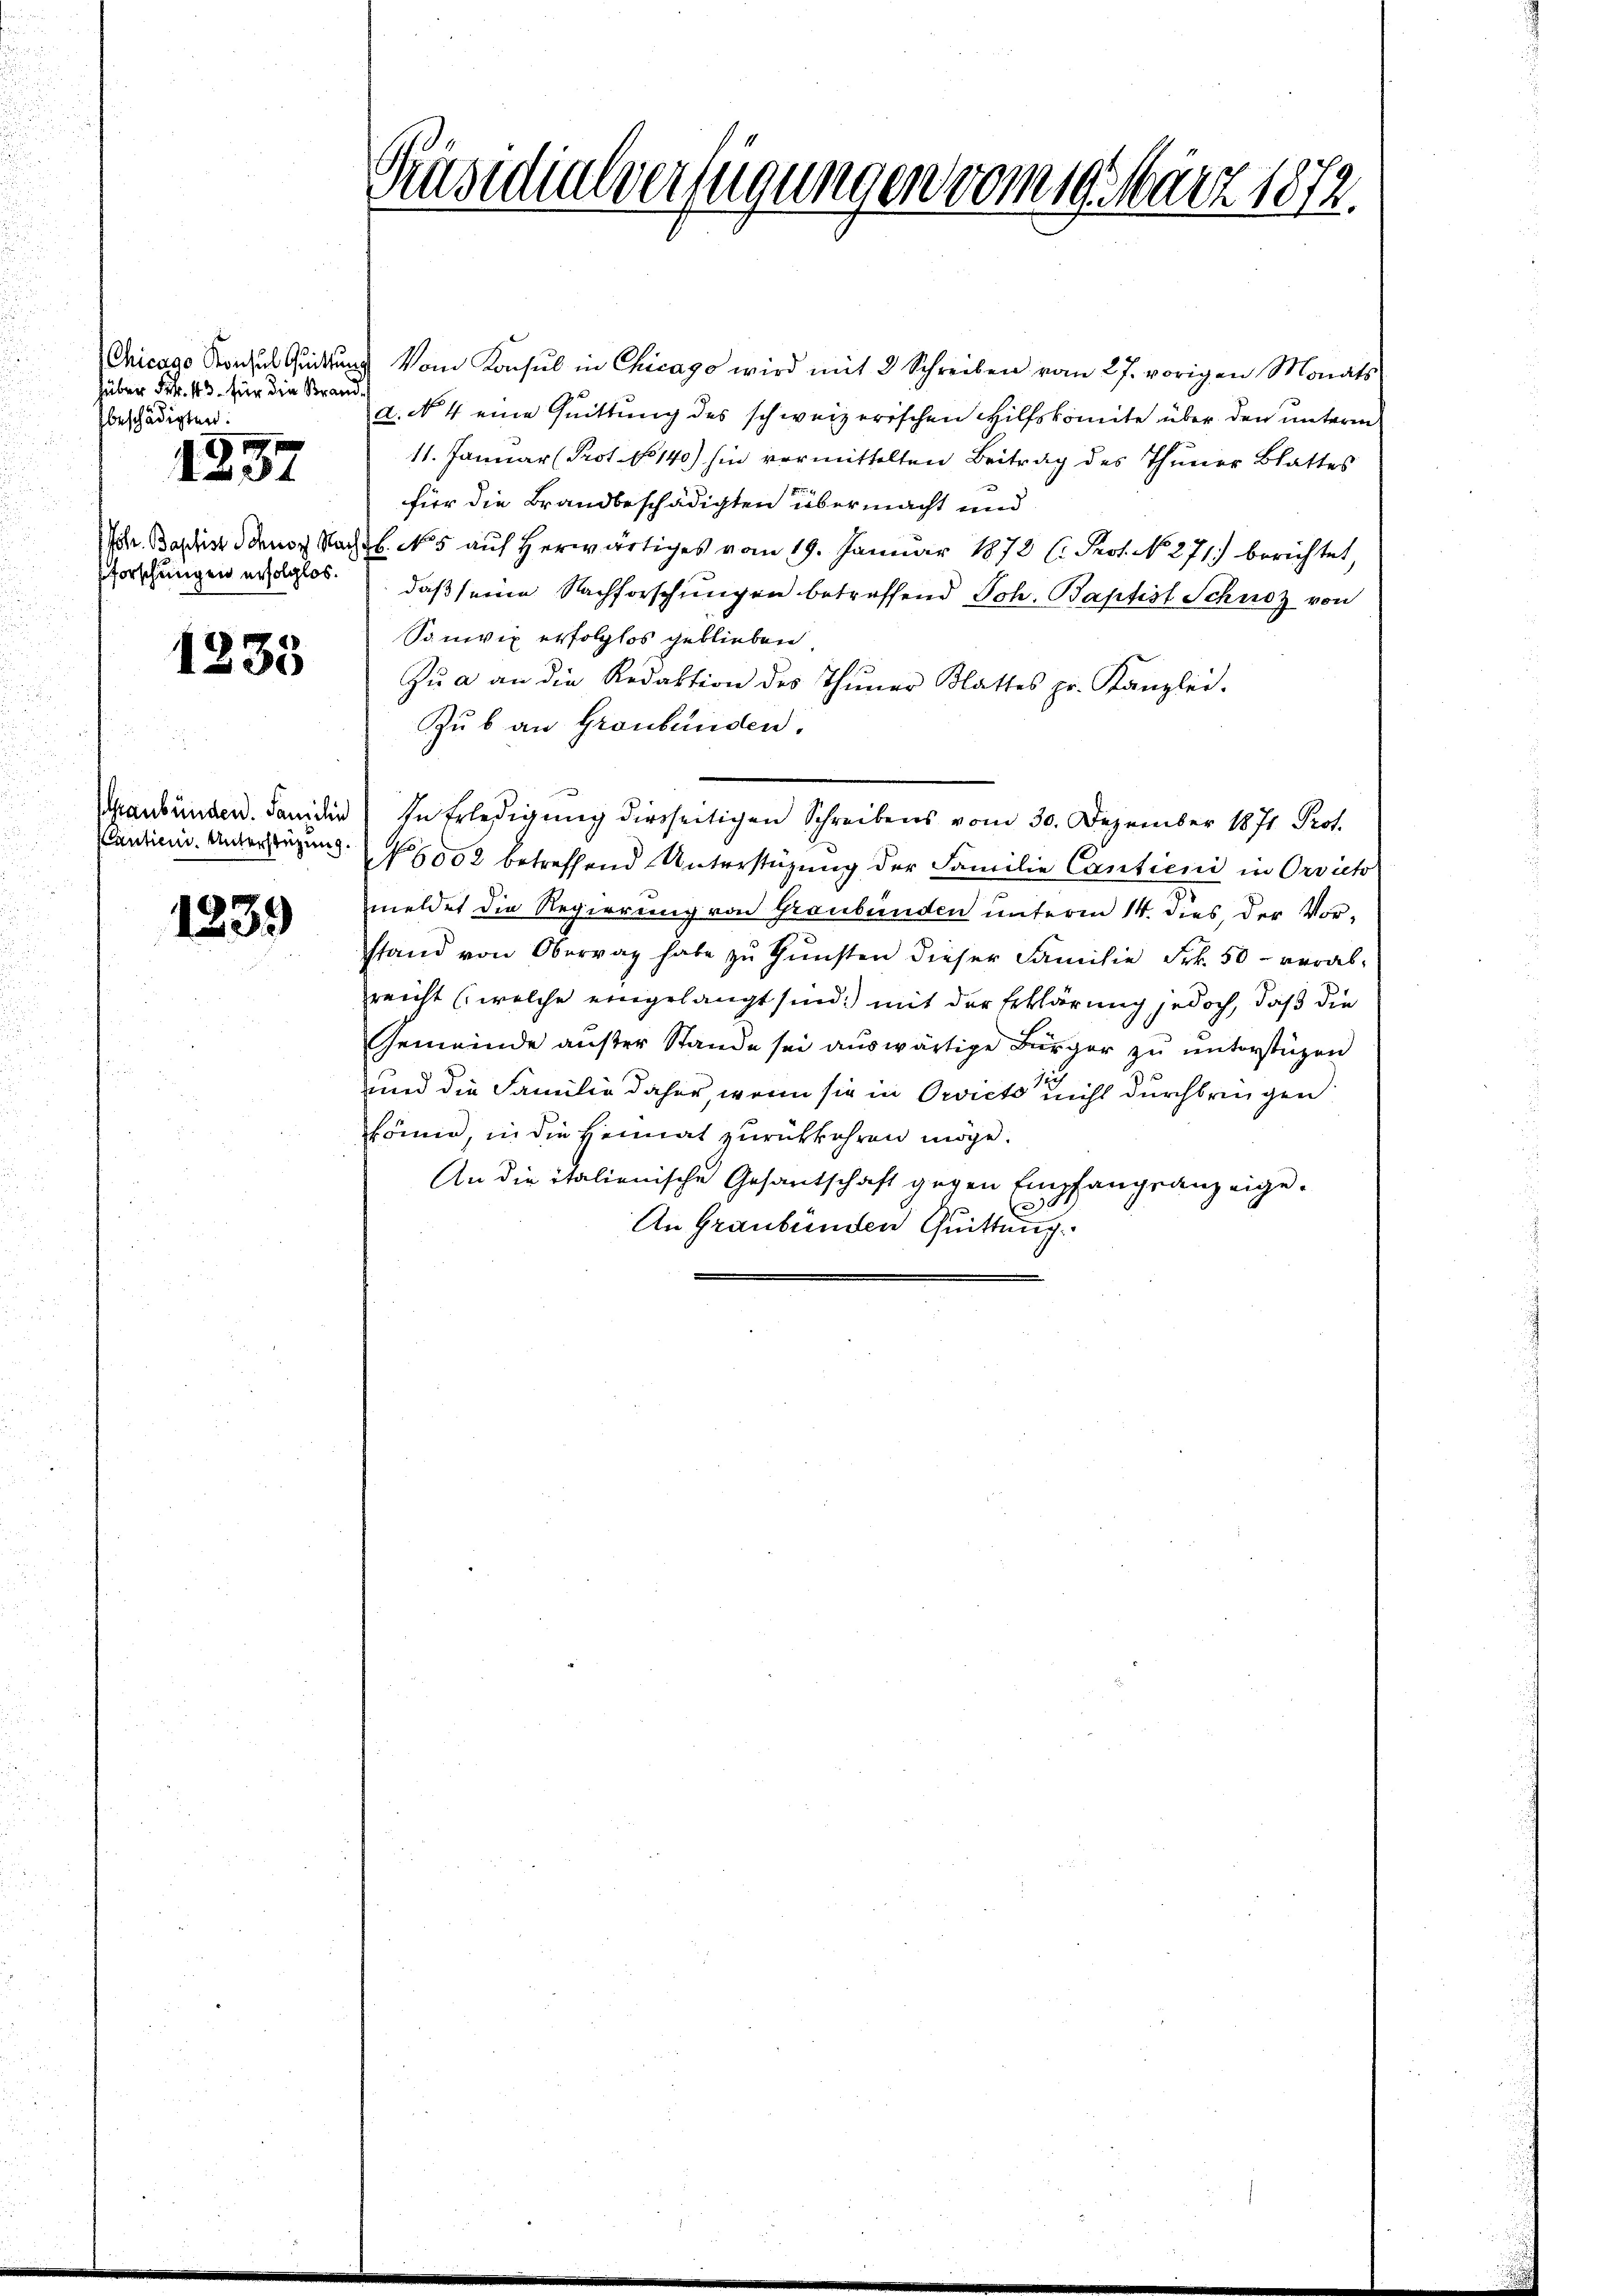
Chicago Konsul Quittung
Hüber Frk. 43. für die Brandbeschädigten.
8

281

Pforschungen erfolglos.

1235

(antien. Unterstüzung.

1239

Präsidialverfügungen vom 19. März 1872.

Vom Konsul in Chicago wird mit 2 Schreiben vom 27. vorigen Monats
a. No. 4 eine Quittung des schweizerischen Hilfskomite über den unterm
11. Januar (Prot. No 140) hin vermittelten Beitrag des Thuner Blattes
für die Brandbeschädigten übermacht und
Pr. Basis deus Nacht. No 5 auf herwärtiges vom 19. Januar 1878 l. Prot. N. 271) berichtet,
daß seine Nachforschungen betreffend Joh. Baptist Schnoz von
Sonwix erfolglos geblieben,
Zŭ a an die Redaktion des Thuner Blattes pr. Kanzlei.
Zub an Graubünden.
Graubünden. Janidii) In Erledigung diesseitigen Schreibens vom 30. Dezember 1871 Prof.
No 6002 betreffend Unterstüzung der Familie Cantieni in Orvicto
meldet die Regierung von Graubünden unterm 14. dies der Vorstand von Oberrat habe zŭ Gŭnsten dieser Familie Frk. 50 - verabreicht (welche eingelangt sind.) mit der Erklärung jedoch, daß die
Gemeinde auser Stande sei auswärtige Bürger zu unterstüzen
12
und die Familie daher, wenn sie in Orvicto nicht durchbringen
könne, in die Heimat zurückkehren möge.
An die italienische Gesantschaft gegen Empfangsanzeige¬
An Graubünden Quittung